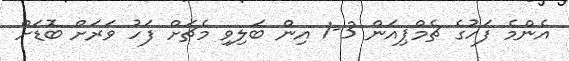
އެންމެ ފަހުގެ ޗެމްޕިއަން 3-1 އިން ބަލިވި މެޗަށް ފަހު ވަރަށް ބޮޑަށް